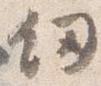
剣